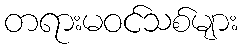
တရားမဝင်သစ်များ